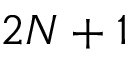
2 N + 1